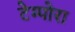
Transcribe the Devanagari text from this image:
टेम्पोरा